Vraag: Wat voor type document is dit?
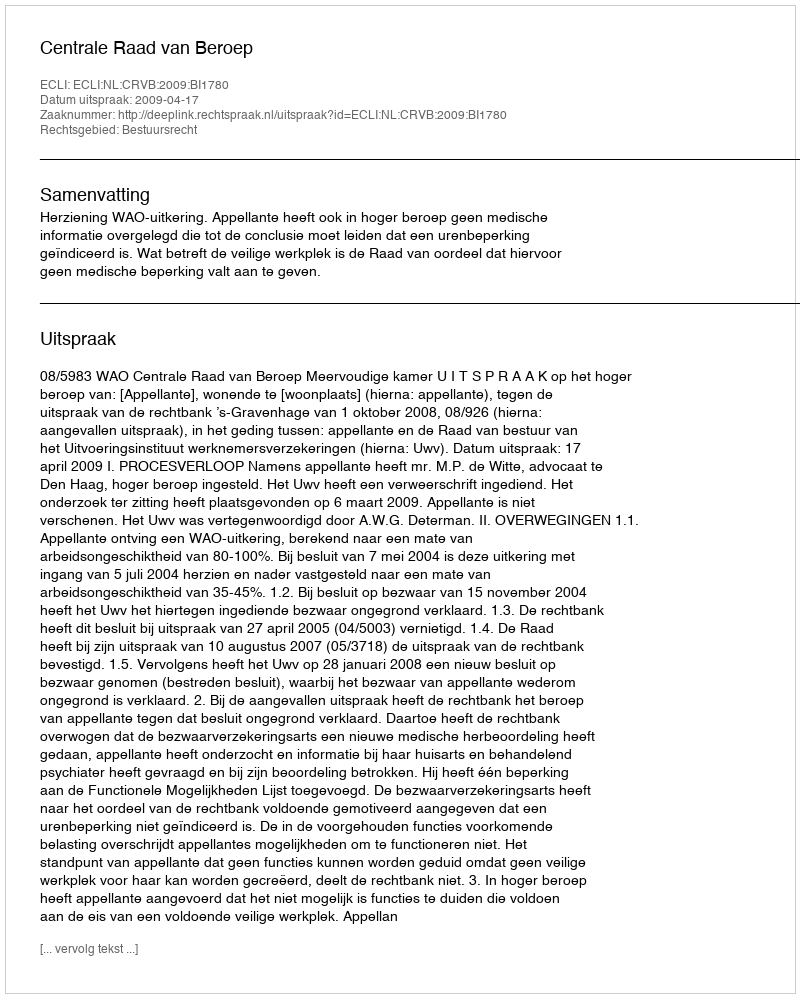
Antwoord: Uitspraak